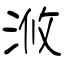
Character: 浟